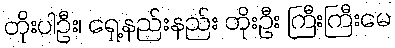
တိုးပါဦး၊ ရှေ့နည်းနည်း တိုးဦး ကြီးကြီးမေ